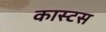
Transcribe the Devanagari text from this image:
कास्टस